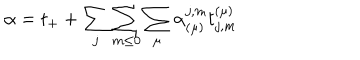
LaTeX: \alpha = t _ { + } + \sum _ { j } \sum _ { m \leq 0 } \sum _ { \mu } \alpha _ { ( \mu ) } ^ { j , m } t _ { j , m } ^ { ( \mu ) }